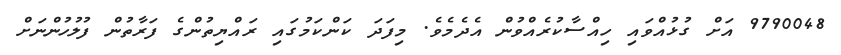
9790048 އަށް ގުޅުއްވައި ހިއްސާކުރެއްވުން އެދެމެވެ. މިފަދަ ކަންކަމުގައި ރައްޔިތުންގެ ފަރާތުން ފުލުހުންނަށް